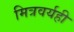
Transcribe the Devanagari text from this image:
मित्रवर्यही